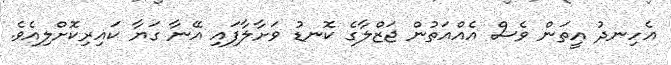
އެހިނދު އީތަން ވެސް އެއްއަތުން ޖަޒްލާގެ ކޮނޑު ވަށާލާފައި އޭނާ ގަޔާ ކައިރިކޮށްލިއެވެ.